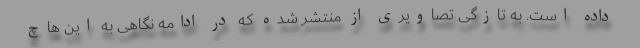
داده است. به تازگی تصاویری از منتشر شده که در ادامه نگاهی به این هاچ